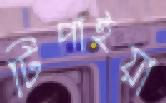
টিপাইয়া